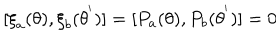
[ { \xi } _ { a } ( \theta ) , { \xi } _ { b } ( { \theta } ^ { ' } ) ] = [ P _ { a } ( { \theta } ) , P _ { b } ( { \theta } ^ { ' } ) ] = 0